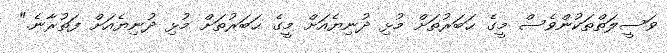
ވަސީލަތްތަކުންވެސް މީގެ ޙަބަރުތަށް މުޅި ދުނިޔެއަށް މީގެ ޙަބަރުތަށް މުޅި ދުނިޔެއަށް ފަތުރާނެ."